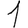
Digit: 1